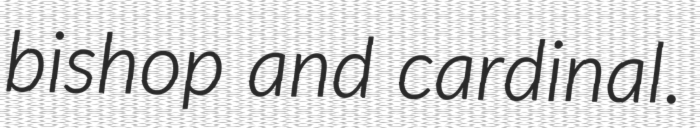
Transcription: bishop and cardinal.